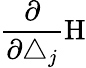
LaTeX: \frac\partial{\partial\triangle_{j}}\mathrm{H}